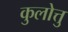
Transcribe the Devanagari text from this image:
कुलोत्तु